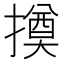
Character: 𢵫